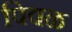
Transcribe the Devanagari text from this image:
पिवळ